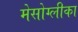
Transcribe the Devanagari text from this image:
मेसोग्लीका